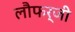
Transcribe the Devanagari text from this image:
लौफर्जी